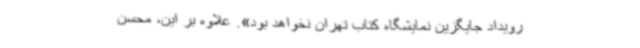
رویداد جایگزین نمایشگاه کتاب تهران نخواهد بود». علاوه بر این، محسن